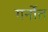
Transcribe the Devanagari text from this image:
गर्नोत